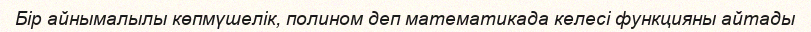
Бір айнымалылы көпмүшелік, полином деп математикада келесі функцияны айтады